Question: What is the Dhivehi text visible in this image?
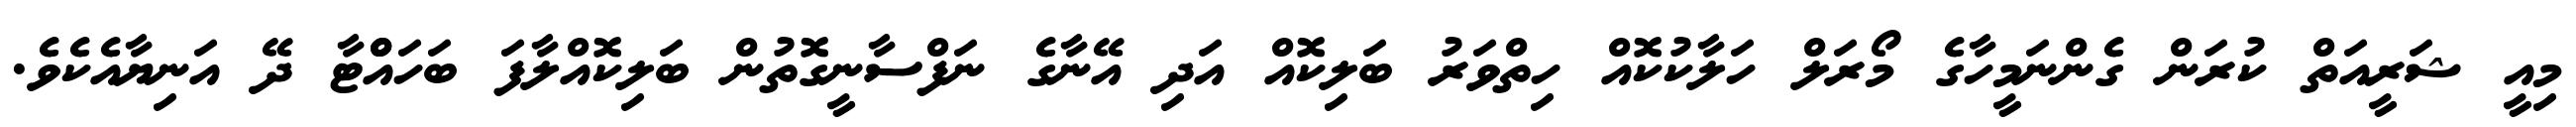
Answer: މިއީ ޝަރީއަތް ކުރަން ގެންނަމީހާގެ މޯރަލް ހަލާކުކޮއް ހިތްވަރު ބަލިކޮއް އަދި އޭނާގެ ނަފްސާނީގޮތުން ބަލިކޮއްލާފަ ބަހައްްޓާ ދޭ އަނިޔާއެކެވެ.